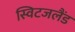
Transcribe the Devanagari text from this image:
स्विटजलैंड